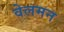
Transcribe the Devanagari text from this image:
वेलमन